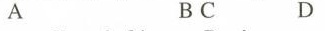
A B C D